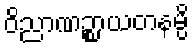
ဝိညာဏဉ္စာယတနမ္ပိ